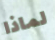
لماذا